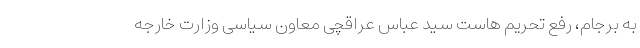
به برجام، رفع تحریم هاست سید عباس عراقچی معاون سیاسی وزارت خارجه